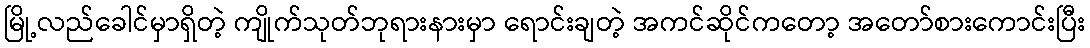
မြို့လည်ခေါင်မှာရှိတဲ့ ကျိုက်သုတ်ဘုရားနားမှာ ရောင်းချတဲ့ အကင်ဆိုင်ကတော့ အတော်စားကောင်းပြီး